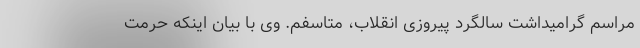
مراسم گرامیداشت سالگرد پیروزی انقلاب، متاسفم. وی با بیان اینکه حرمت